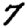
Digit: 7